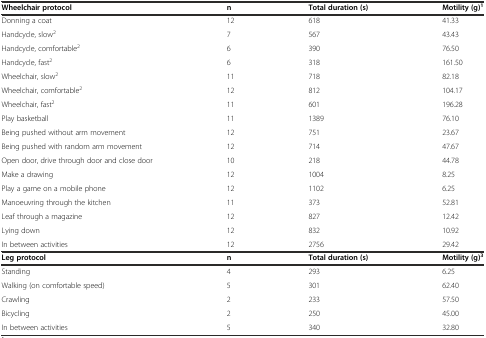
<table><thead><tr><td><b>Wheelchair protocol</b></td><td><b>n</b></td><td><b>Total duration (s)</b></td><td><b>Motility (g)<sup>1</sup></b></td></tr></thead><tbody><tr><td>Donning a coat</td><td>12</td><td>618</td><td>41.33</td></tr><tr><td>Handcycle, slow<sup>2</sup></td><td>7</td><td>567</td><td>43.43</td></tr><tr><td>Handcycle, comfortable<sup>2</sup></td><td>6</td><td>390</td><td>76.50</td></tr><tr><td>Handcycle, fast<sup>2</sup></td><td>6</td><td>318</td><td>161.50</td></tr><tr><td>Wheelchair, slow<sup>2</sup></td><td>11</td><td>718</td><td>82.18</td></tr><tr><td>Wheelchair, comfortable<sup>2</sup></td><td>12</td><td>812</td><td>104.17</td></tr><tr><td>Wheelchair, fast<sup>2</sup></td><td>11</td><td>601</td><td>196.28</td></tr><tr><td>Play basketball</td><td>11</td><td>1389</td><td>76.10</td></tr><tr><td>Being pushed without arm movement</td><td>12</td><td>751</td><td>23.67</td></tr><tr><td>Being pushed with random arm movement</td><td>12</td><td>714</td><td>47.67</td></tr><tr><td>Open door, drive through door and close door</td><td>10</td><td>218</td><td>44.78</td></tr><tr><td>Make a drawing</td><td>12</td><td>1004</td><td>8.25</td></tr><tr><td>Play a game on a mobile phone</td><td>12</td><td>1102</td><td>6.25</td></tr><tr><td>Manoeuvring through the kitchen</td><td>11</td><td>373</td><td>52.81</td></tr><tr><td>Leaf through a magazine</td><td>12</td><td>827</td><td>12.42</td></tr><tr><td>Lying down</td><td>12</td><td>832</td><td>10.92</td></tr><tr><td>In between activities</td><td>12</td><td>2756</td><td>29.42</td></tr><tr><td><b>Leg protocol</b></td><td><b>n</b></td><td><b>Total duration (s)</b></td><td><b>Motility (g)</b><sup><b>3</b></sup></td></tr><tr><td>Standing</td><td>4</td><td>293</td><td>6.25</td></tr><tr><td>Walking (on comfortable speed)</td><td>5</td><td>301</td><td>62.40</td></tr><tr><td>Crawling</td><td>2</td><td>233</td><td>57.50</td></tr><tr><td>Bicycling</td><td>2</td><td>250</td><td>45.00</td></tr><tr><td>In between activities</td><td>5</td><td>340</td><td>32.80</td></tr></tbody></table>